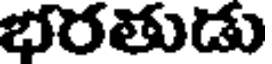
భరతుడు